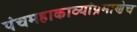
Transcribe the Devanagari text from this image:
पंचमहाकाव्यांप्रमाणेच